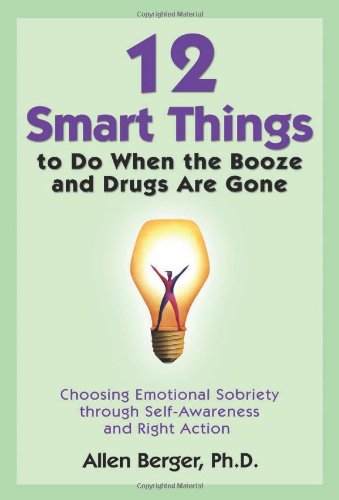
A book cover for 12 Smart Things to Do When the Booze and Drugs Are Gone: Choosing Emotional Sobriety through Self-Awareness and Right Action; Allen Berger Ph.D.; Health, Fitness & Dieting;